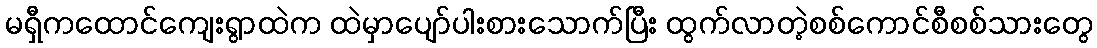
မရှီကထောင်ကျေးရွာထဲက ထဲမှာပျော်ပါးစားသောက်ပြီး ထွက်လာတဲ့စစ်ကောင်စီစစ်သားတွေ